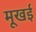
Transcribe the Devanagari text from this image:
मूखई